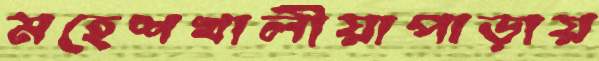
মহেশখালীয়াপাড়ায়